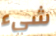
شيء